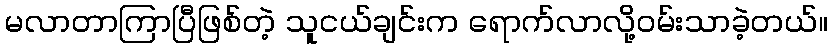
မလာတာကြာပြီဖြစ်တဲ့ သူငယ်ချင်းက ရောက်လာလို့ဝမ်းသာခဲ့တယ်။